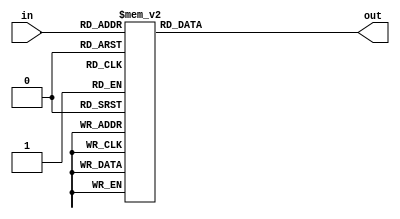
`timescale 1ns/1ps
module seven_segment(in,out);
	input[3:0] in;
	output[7:0] out;
	
	reg[7:0] out;
	always@(in)
		case(in)
		4'd0: out <= 8'h03;
		4'd1: out <= 8'h9F;
		4'd2: out <= 8'h25;
		4'd3: out <= 8'h0D;
		4'd4: out <= 8'h99;
		4'd5: out <= 8'h49;
		4'd6: out <= 8'h41;
		4'd7: out <= 8'h1F;
		4'd8: out <= 8'h01;
		4'd9: out <= 8'h09;
		default: out<=8'hff;
		endcase
endmodule